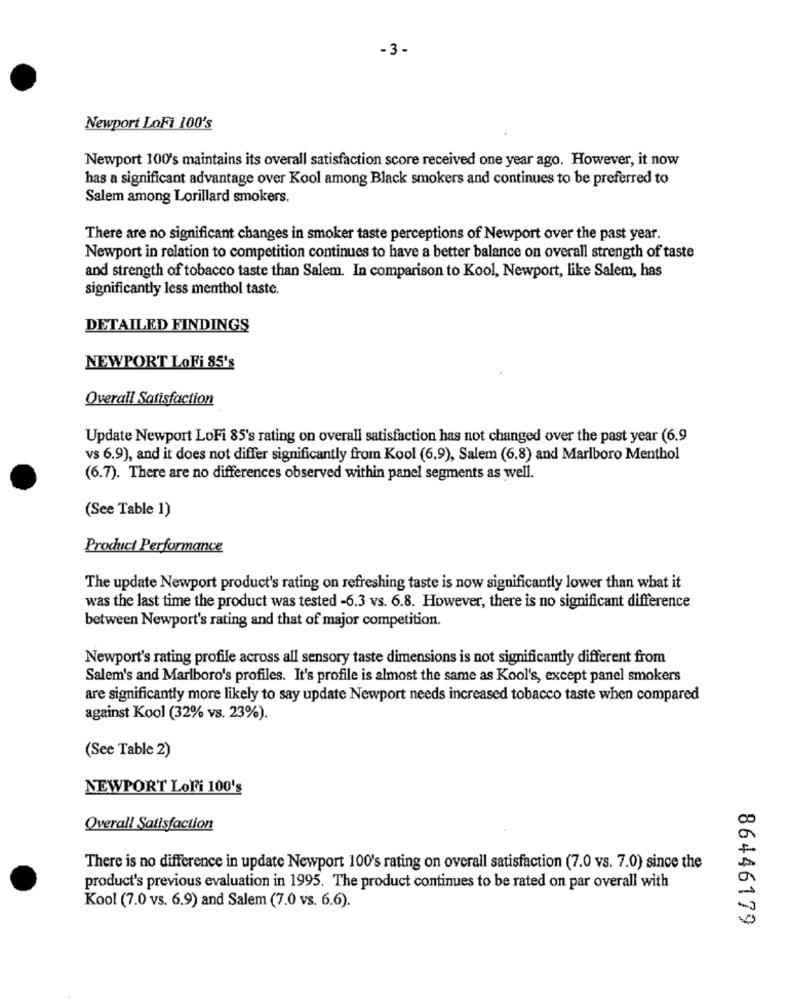
-3-
Newport LoFi 100's
Newport 100's maintains its overall satisfaction score received one year ago. However, it now
has a significant advantage over Kool among Black smokers and continues to be preferred to
Salem among Lorillard smokers.
There are no significant changes in smoker taste perceptions of Newport over the past year.
Newport in relation to competition continues to have a better balance on overall strength of taste
and strength of tobacco taste than Salem. In comparison to Kool, Newport, like Salem, has
significantly less menthol taste.
DETAILED FINDINGS
NEWPORT LoFi 85's
Overall Satisfaction
Update Newport LoFi 85's rating on overall satisfaction has not changed over the past year (6.9
vs 6.9), and it does not differ significantly from Kool (6.9), Salem (6.8) and Marlboro Menthol
(6.7). There are no differences observed within panel segments as well.
(See Table 1)
Product Performance
The update Newport product's rating on refreshing taste is now significantly lower than what it
was the last time the product was tested -6.3 vs. 6.8. However, there is no significant difference
between Newport's rating and that of major competition.
Newport's rating profile across all sensory taste dimensions is not significantly different from
Salem's and Marlboro's profiles. It's profile is almost the same as Kool's, except panel smokers
are significantly more likely to say update Newport needs increased tobacco taste when compared
against Kool (32% vs. 23%).
(See Table 2)
NEWPORT LoFi 100's
Overall Satisfaction
There is no difference in update Newport 100's rating on overall satisfaction (7.0 vs. 7.0) since the
product's previous evaluation in 1995. The product continues to be rated on par overall with
Kool (7.0 vs. 6.9) and Salem (7.0 vs. 6.6).
86446179